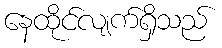
နေထိုင်လျက်ရှိသည်